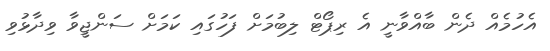
އެހުމެއް ދެން ބާއްވާނީ އެ ރިޕޯޓް ލިބުމަށް ފަހުގައި ކަމަށް ސަންޖީވާ ވިދާޅުވި